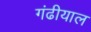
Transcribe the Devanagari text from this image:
गंढीयाल